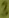
Text: 3